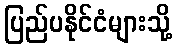
ပြည်ပနိုင်ငံများသို့